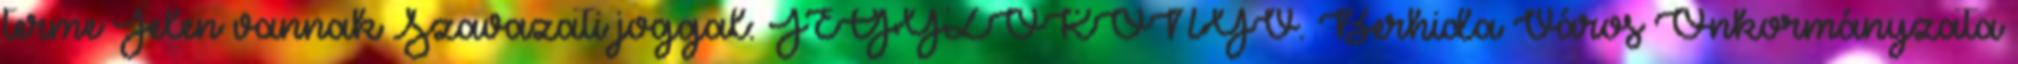
terme Jelen vannak Szavazati joggal: JEGYZŐKÖNYV. Berhida Város Önkormányzata